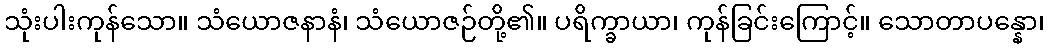
သုံးပါးကုန်သော။ သံယောဇနာနံ၊ သံယောဇဉ်တို့၏။ ပရိက္ခာယာ၊ ကုန်ခြင်းကြောင့်။ သောတာပန္နော၊